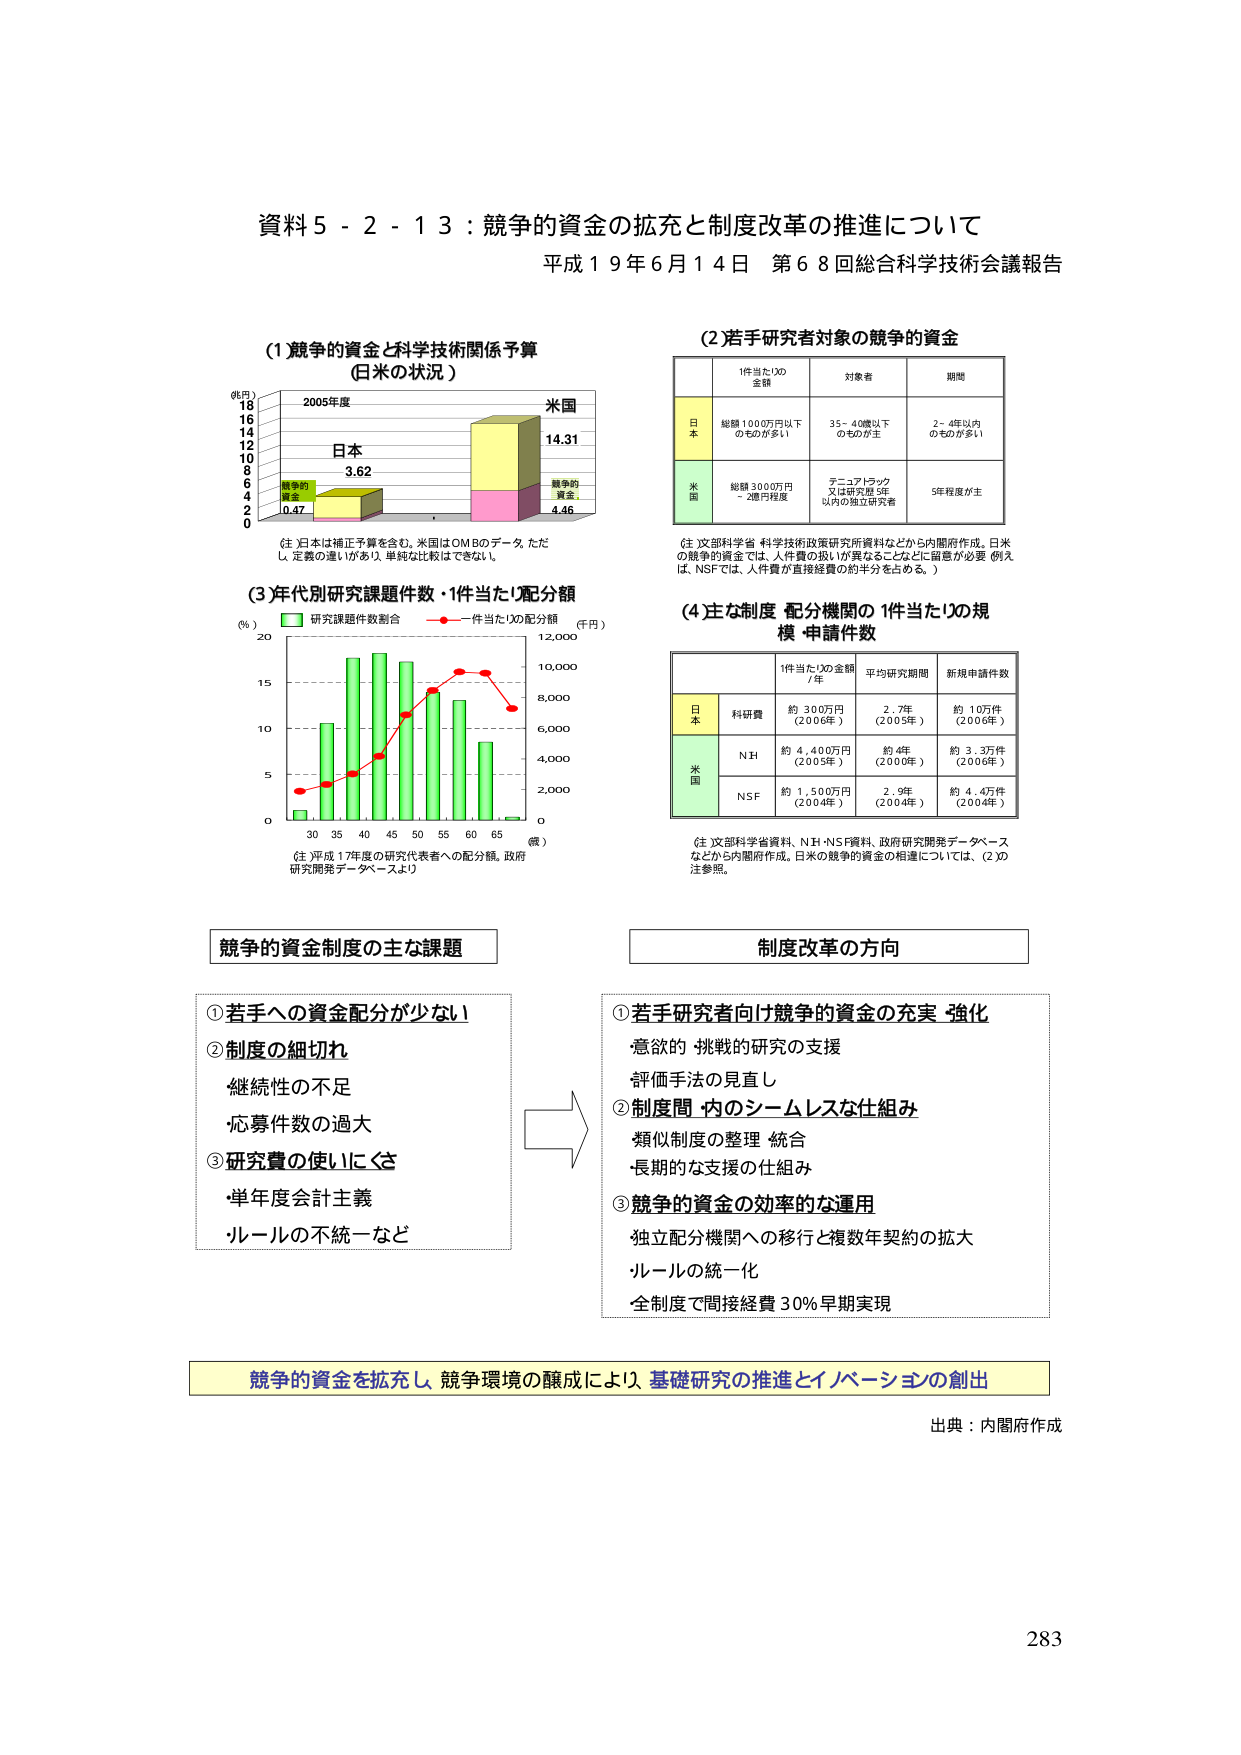
資料５－２－１３：競争的資金の拡充と制度改革の推進について
平成１９年６月１４日 第６８回総合科学技術会議報告

(1) 競争的資金と科学技術関係予算
（日米の状況）
（兆円）
2005年度
日本
3.62
競争的資金
0.47
米国
14.31
競争的資金
4.46
（注）日本は補正予算を含む。米国はOMBのデータ。ただし、定義の違いがあり、単純な比較はできない。

(2) 若手研究者対象の競争的資金
| | 1件当たりの金額 | 対象者 | 期間 |
|---|---|---|---|
| 日本 | 総額1000万円以下のものが主 | 35～40歳以下のものが主 | 2～4年以内のものが多い |
| 米国 | 総額3000万円～2億円程度 | テニュアトラック又は研究型SRE以内の独立研究者 | 5年程度が主 |
（注）文部科学省・科学技術政策研究所資料などから内閣府作成。日米の競争的資金では、人件費の扱いが異なることなどに留意が必要（例えば、NSFでは、人件費が直接経費の約半分を占める。）

(3) 年代別研究課題件数・1件当たり配分額
（％）
研究課題件数割合
一件当たりの配分額（千円）
0  5  10  15  20
0  2,000  4,000  6,000  8,000  10,000  12,000
30  35  40  45  50  55  60  65（歳）
（注）平成17年度の研究代表者への配分額。政府研究開発データベースより

(4) 主な制度・配分機関の1件当たりの規模・申請件数
| | 1件当たりの金額/年 | 平均研究期間 | 新規申請件数 |
|---|---|---|---|
| 日本 | 科研費 | 約300万円（2006年） | 2.7年（2006年） | 約1万件（2006年） |
| 米国 | NIH | 約4,400万円（2005年） | 約4年（2005年） | 約3.3万件（2006年） |
| | NSF | 約1,500万円（2004年） | 2.9年（2004年） | 約4.4万件（2004年） |
（注）文部科学省資料、NIH・NSF資料、政府研究開発データベースなどから内閣府作成。日米の競争的資金の相違については、(2)の注参照。

競争的資金制度の主な課題
① 若手への資金配分が少ない
② 制度の細切れ
　継続性の不足
　応募件数の過大
③ 研究費の使いにくさ
　単年度会計主義
　ルールの不統一など

制度改革の方向
① 若手研究者向け競争的資金の充実・強化
　・意欲的・挑戦的研究の支援
　・評価手法の見直し
② 制度間・内のシームレスな仕組み
　・類似制度の整理・統合
　・長期的な支援の仕組み
③ 競争的資金の効率的な運用
　・独立配分機関への移行と複数年契約の拡大
　・ルールの統一化
　・全制度で間接経費30％早期実現

競争的資金を拡充し、競争環境の醸成により、基礎研究の推進とイノベーションの創出

出典：内閣府作成
283